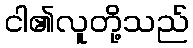
ငါ၏လူတို့သည်